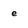
Character: e